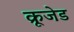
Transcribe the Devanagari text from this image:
क्रूजेड